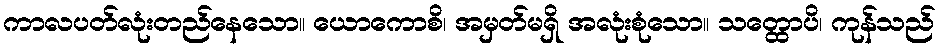
ကာလပတ်လုံးတည်နေသော။ ယောကောစိ၊ အမှတ်မရှိ အလုံးစုံသော။ သတ္ထောပိ၊ ကုန်သည်